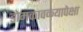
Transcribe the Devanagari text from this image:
डोमकावळ्यापेक्षा